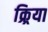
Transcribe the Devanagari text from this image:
क्र्रिया